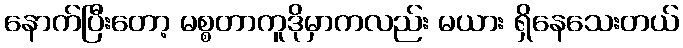
နောက်ပြီးတော့ မစ္စတာကူဒိုမှာကလည်း မယား ရှိနေသေးတယ်